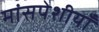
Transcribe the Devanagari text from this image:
मांसपेशीयाँ